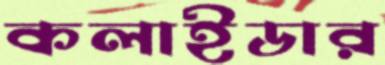
কলাইডার